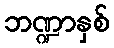
ဘဏ္ဍာနှစ်